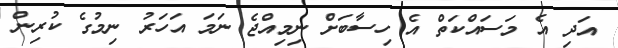
އަދި އެ މަސައްކަތް އެ ހިސާބަށް ނިމިއްޖެ ނަމަ އަހަރު ނިމުގެ ކުރިން